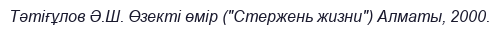
Тәтіғұлов Ә.Ш. Өзекті өмір ("Стержень жизни") Алматы, 2000.